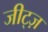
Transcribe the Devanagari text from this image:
जीट्ज़